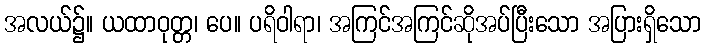
အလယ်၌။ ယထာဝုတ္တ၊ ပေ။ ပရိဝါရာ၊ အကြင်အကြင်ဆိုအပ်ပြီးသော အပြားရှိသော